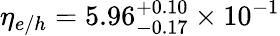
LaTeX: \eta_{e/h}=5.96_{-0.17}^{+0.10}\times 10^{-1}